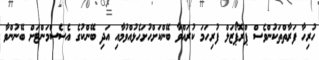
ހުރިހާ ފަރާތްތަކުންވެސް ޕްރޮޕޯޒަލް ފުރިހަމަ ކުރައްވާ ބޭންކަށްހުށަހެޅުއްވުމާއި އަދި ބޭންކުގެ އެސެސްމަންޓަށް ބޭނުންވާ